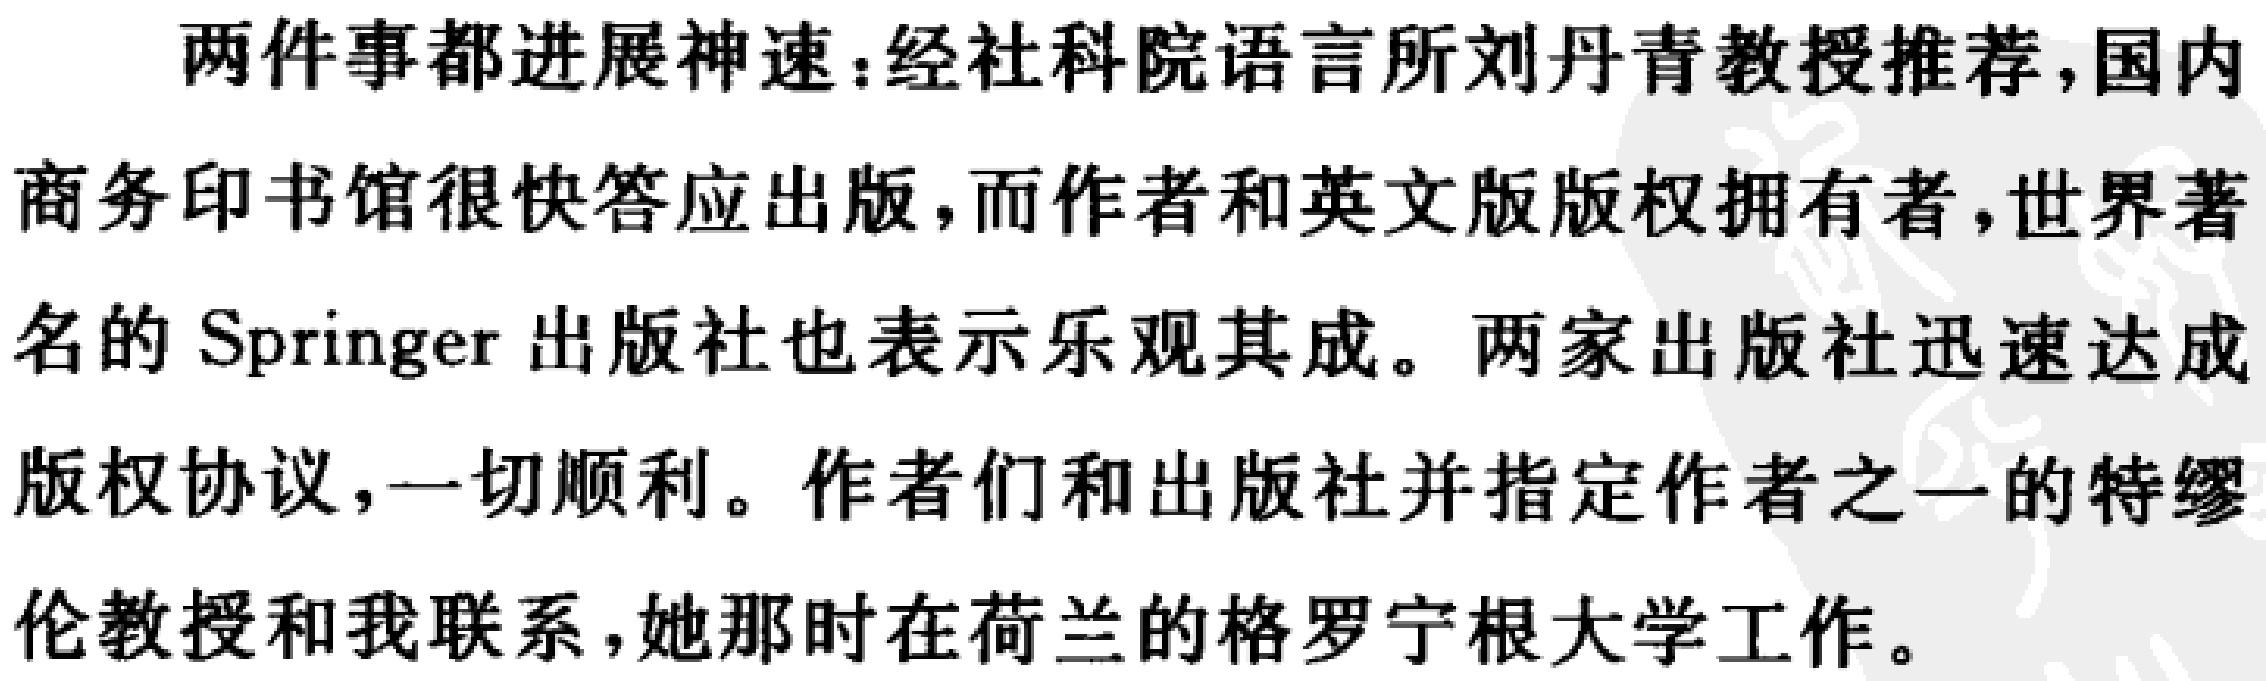
两件事都进展神速：经社科院语言所刘丹青教授推荐，国内商务印书馆很快答应出版，而作者和英文版版权拥有者，世界著名的 Springer 出版社也表示乐观其成。两家出版社迅速达成版权协议，一切顺利。作者们和出版社并指定作者之一的特缪伦教授和我联系，她那时在荷兰的格罗宁根大学工作。